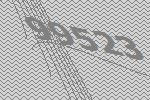
99523